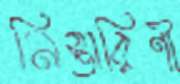
নিস্তারিণী